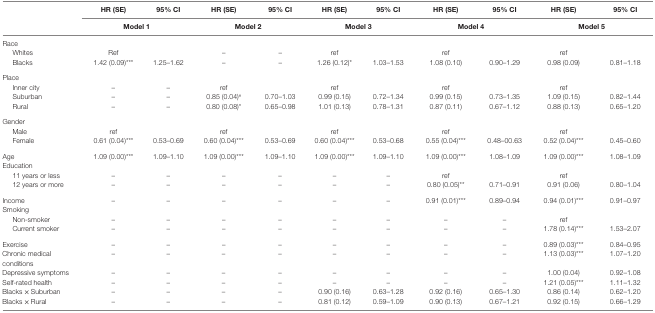
<table><thead><tr><td>[EMPTY_CELL]</td><td><b>HR (SE)</b></td><td><b>95% CI</b></td><td><b>HR (SE)</b></td><td><b>95% CI</b></td><td><b>HR (SE)</b></td><td><b>95% CI</b></td><td><b>HR (SE)</b></td><td><b>95% CI</b></td><td><b>HR (SE)</b></td><td><b>95% CI</b></td></tr><tr><td>[EMPTY_CELL]</td><td colspan="2"><b>Model 1</b></td><td colspan="2"><b>Model 2</b></td><td colspan="2"><b>Model 3</b></td><td colspan="2"><b>Model 4</b></td><td colspan="2"><b>Model 5</b></td></tr></thead><tbody><tr><td>Race</td><td>[EMPTY_CELL]</td><td>[EMPTY_CELL]</td><td>[EMPTY_CELL]</td><td>[EMPTY_CELL]</td><td>[EMPTY_CELL]</td><td>[EMPTY_CELL]</td><td>[EMPTY_CELL]</td><td>[EMPTY_CELL]</td><td>[EMPTY_CELL]</td><td>[EMPTY_CELL]</td></tr><tr><td> Whites</td><td>Ref</td><td>[EMPTY_CELL]</td><td>–</td><td>–</td><td>ref</td><td>[EMPTY_CELL]</td><td>ref</td><td>[EMPTY_CELL]</td><td>ref</td><td>[EMPTY_CELL]</td></tr><tr><td> Blacks</td><td>1.42 (0.09)***</td><td>1.25–1.62</td><td>–</td><td>–</td><td>1.26 (0.12)*</td><td>1.03–1.53</td><td>1.08 (0.10)</td><td>0.90–1.29</td><td>0.98 (0.09)</td><td>0.81–1.18</td></tr><tr><td>Place</td><td>[EMPTY_CELL]</td><td>[EMPTY_CELL]</td><td>[EMPTY_CELL]</td><td>[EMPTY_CELL]</td><td>[EMPTY_CELL]</td><td>[EMPTY_CELL]</td><td>[EMPTY_CELL]</td><td>[EMPTY_CELL]</td><td>[EMPTY_CELL]</td><td>[EMPTY_CELL]</td></tr><tr><td> Inner city</td><td>–</td><td>–</td><td>ref</td><td>[EMPTY_CELL]</td><td>ref</td><td>[EMPTY_CELL]</td><td>ref</td><td>[EMPTY_CELL]</td><td>ref</td><td>[EMPTY_CELL]</td></tr><tr><td> Suburban</td><td>–</td><td>–</td><td>0.85 (0.04)<sup>#</sup></td><td>0.70–1.03</td><td>0.99 (0.15)</td><td>0.72–1.34</td><td>0.99 (0.15)</td><td>0.73–1.35</td><td>1.09 (0.15)</td><td>0.82–1.44</td></tr><tr><td> Rural</td><td>–</td><td>–</td><td>0.80 (0.08)*</td><td>0.65–0.98</td><td>1.01 (0.13)</td><td>0.78–1.31</td><td>0.87 (0.11)</td><td>0.67–1.12</td><td>0.88 (0.13)</td><td>0.65–1.20</td></tr><tr><td>Gender</td><td>[EMPTY_CELL]</td><td>[EMPTY_CELL]</td><td>[EMPTY_CELL]</td><td>[EMPTY_CELL]</td><td>[EMPTY_CELL]</td><td>[EMPTY_CELL]</td><td>[EMPTY_CELL]</td><td>[EMPTY_CELL]</td><td>[EMPTY_CELL]</td><td>[EMPTY_CELL]</td></tr><tr><td> Male</td><td>ref</td><td>[EMPTY_CELL]</td><td>ref</td><td>[EMPTY_CELL]</td><td>ref</td><td>[EMPTY_CELL]</td><td>ref</td><td>[EMPTY_CELL]</td><td>ref</td><td>[EMPTY_CELL]</td></tr><tr><td> Female</td><td>0.61 (0.04)***</td><td>0.53–0.69</td><td>0.60 (0.04)***</td><td>0.53–0.69</td><td>0.60 (0.04)***</td><td>0.53–0.68</td><td>0.55 (0.04)***</td><td>0.48–00.63</td><td>0.52 (0.04)***</td><td>0.45–0.60</td></tr><tr><td>Age</td><td>1.09 (0.00)***</td><td>1.09–1.10</td><td>1.09 (0.00)***</td><td>1.09–1.10</td><td>1.09 (0.00)***</td><td>1.09–1.10</td><td>1.09 (0.00)***</td><td>1.08–1.09</td><td>1.09 (0.00)***</td><td>1.08–1.09</td></tr><tr><td>Education</td><td>[EMPTY_CELL]</td><td>[EMPTY_CELL]</td><td>[EMPTY_CELL]</td><td>[EMPTY_CELL]</td><td>[EMPTY_CELL]</td><td>[EMPTY_CELL]</td><td>[EMPTY_CELL]</td><td>[EMPTY_CELL]</td><td>[EMPTY_CELL]</td><td>[EMPTY_CELL]</td></tr><tr><td> 11 years or less</td><td>–</td><td>–</td><td>–</td><td>–</td><td>–</td><td>–</td><td>ref</td><td>[EMPTY_CELL]</td><td>ref</td><td>[EMPTY_CELL]</td></tr><tr><td> 12 years or more</td><td>–</td><td>–</td><td>–</td><td>–</td><td>–</td><td>–</td><td>0.80 (0.05)**</td><td>0.71–0.91</td><td>0.91 (0.06)</td><td>0.80–1.04</td></tr><tr><td>Income</td><td>–</td><td>–</td><td>–</td><td>–</td><td>–</td><td>–</td><td>0.91 (0.01)***</td><td>0.89–0.94</td><td>0.94 (0.01)***</td><td>0.91–0.97</td></tr><tr><td>Smoking</td><td>[EMPTY_CELL]</td><td>[EMPTY_CELL]</td><td>[EMPTY_CELL]</td><td>[EMPTY_CELL]</td><td>[EMPTY_CELL]</td><td>[EMPTY_CELL]</td><td>[EMPTY_CELL]</td><td>[EMPTY_CELL]</td><td>[EMPTY_CELL]</td><td>[EMPTY_CELL]</td></tr><tr><td> Non-smoker</td><td>–</td><td>–</td><td>–</td><td>–</td><td>–</td><td>–</td><td>–</td><td>–</td><td>ref</td><td>[EMPTY_CELL]</td></tr><tr><td> Current smoker</td><td>–</td><td>–</td><td>–</td><td>–</td><td>–</td><td>–</td><td>–</td><td>–</td><td>1.78 (0.14)***</td><td>1.53–2.07</td></tr><tr><td>Exercise</td><td>–</td><td>–</td><td>–</td><td>–</td><td>–</td><td>–</td><td>–</td><td>–</td><td>0.89 (0.03)***</td><td>0.84–0.95</td></tr><tr><td>Chronic medical conditions</td><td>–</td><td>–</td><td>–</td><td>–</td><td>–</td><td>–</td><td>–</td><td>–</td><td>1.13 (0.03)***</td><td>1.07–1.20</td></tr><tr><td>Depressive symptoms</td><td>–</td><td>–</td><td>–</td><td>–</td><td>–</td><td>–</td><td>–</td><td>–</td><td>1.00 (0.04)</td><td>0.92–1.08</td></tr><tr><td>Self-rated health</td><td>–</td><td>–</td><td>–</td><td>–</td><td>–</td><td>–</td><td>–</td><td>–</td><td>1.21 (0.05)***</td><td>1.11–1.32</td></tr><tr><td>Blacks × Suburban</td><td>–</td><td>–</td><td>–</td><td>–</td><td>0.90 (0.16)</td><td>0.63–1.28</td><td>0.92 (0.16)</td><td>0.65–1.30</td><td>0.86 (0.14)</td><td>0.62–1.20</td></tr><tr><td>Blacks × Rural</td><td>–</td><td>–</td><td>–</td><td>–</td><td>0.81 (0.12)</td><td>0.59–1.09</td><td>0.90 (0.13)</td><td>0.67–1.21</td><td>0.92 (0.15)</td><td>0.66–1.29</td></tr></tbody></table>